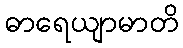
ဓာရေယျာမာတိ